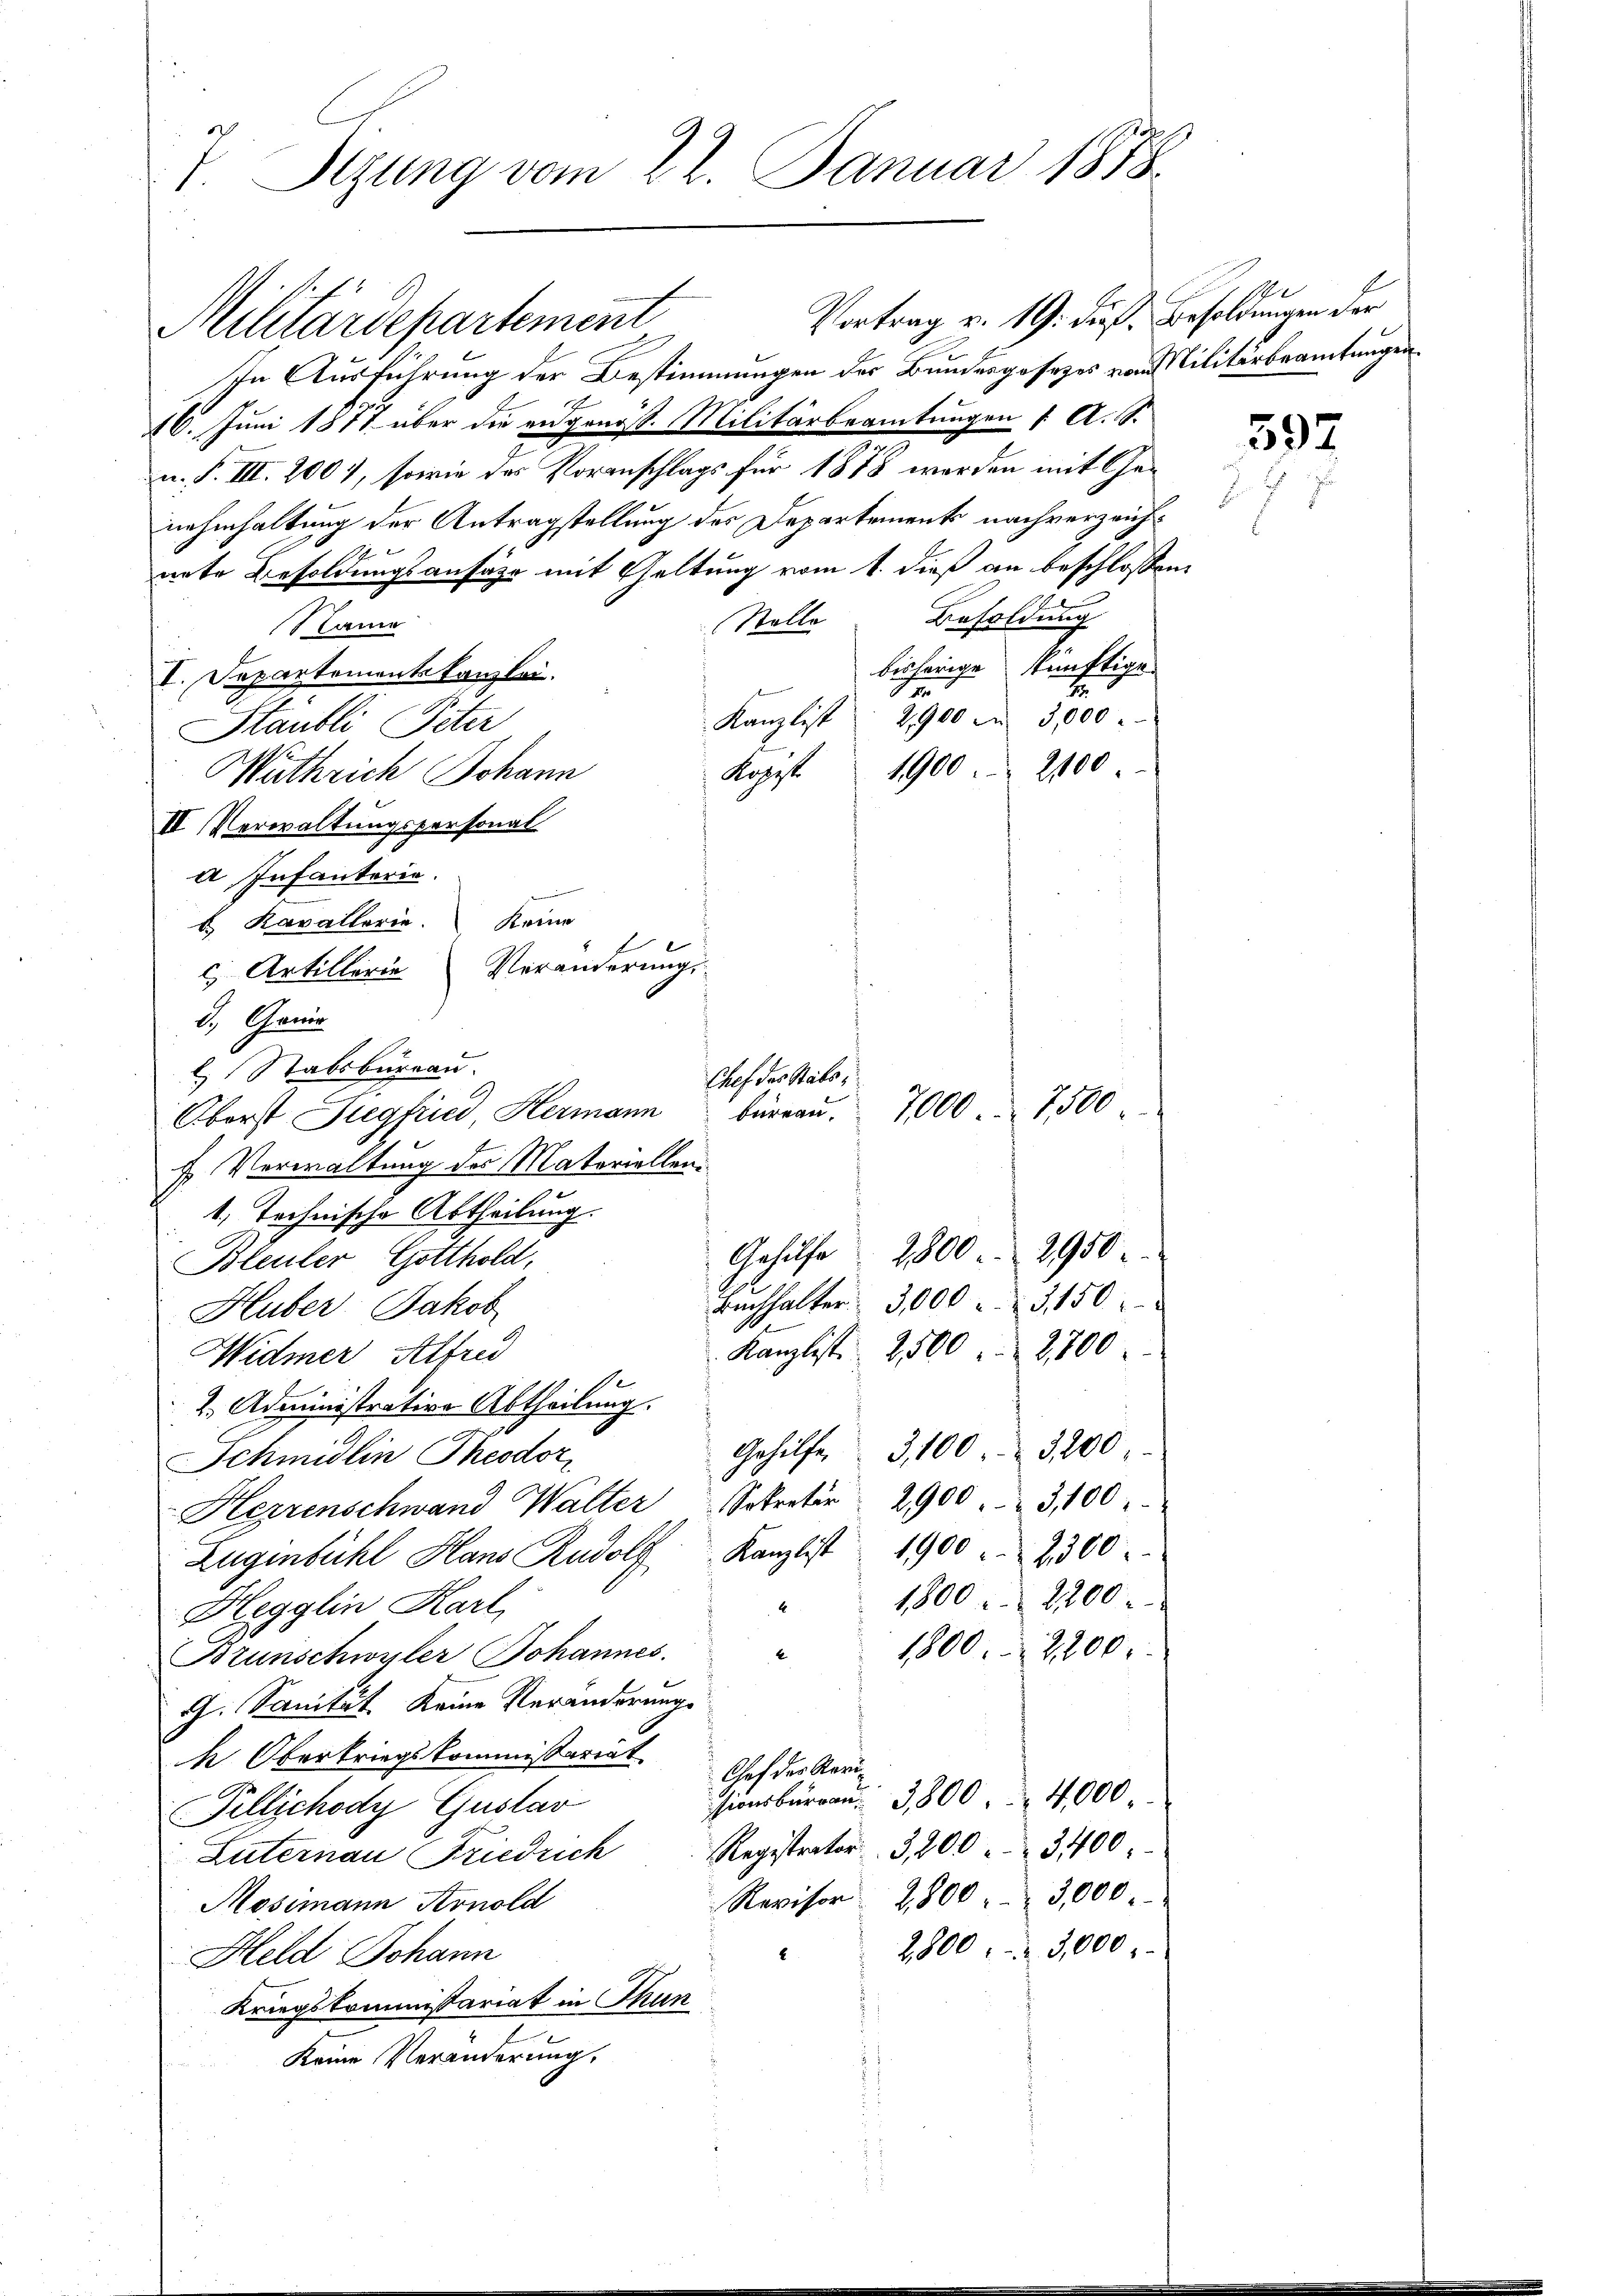
s
1. Sizung vom 22. Januar 1858.

Militärdepartement
In Ausführung der Bestimmungen der Bundesgesezes von Militärbeamtungen
16. Juni 1877 über die eidgenöss. Militärbeamtungen 1. A. S.
u. F. III. 200, sowie des Voranschlags für 1878 werden mit Genehmhaltung der Antragstellung des Departements nachverzeichnete Besoldungsansähe mit Geltung vom 1. dieß an beschlossen
Stolle Besoldung
Name
bisherige künftige
I. Departementskanzlei.
e
t
81
2,900 m 3,000.
Kanzlist
Stäubli Peter
1900 2100
Kogest
Wathrich Johann
II Verwaltungspersonal
A Infanterie.
 Kavallerie. Keine
c. Artillerie Veränderungs
d. Gener
Stabsburgau.
Chef des Stats,
Oberst Siegfried, Hermann Büreaŭ. 7000. 7500
f Verwaltung des Materiellen.
1. Technische Abtheilung.
Gehülfe 2500. 2950
Bleuler, Gotthold,
Buchhalter 3,000. 3150
Huber Jakob
Kanzlist. 2500. 2800
Widmer Alfred
2. Administrative Abtheilung.
Gehilfe 3, 100. 3200
Schmidlin Theodor
Herrenschwand Walter Sekretär 2900. 3100
Lugenbühl Hans Rudolf Kanzlist 1900 " 2300.
1800    2200
4
Hegglin Karl,
1800. 2200.
k
Bzunschwyler Johannes.
G. Sanität keine Veränderung
h Oberkriegskommissariat
Heder Kenn
4,000.
sionsbürgen 3800
Fillichody Gustav
Registrator 3,200. 3400
Luternau Friedrich
Revisor 2800    3,000
Mosimann Arnold
2800  3,000
2
Held Johann
Kriegskommissariat in Thun
Keine Veränderung,

Vortrag v. 19. dieß. Besoldungen der

e

597